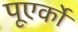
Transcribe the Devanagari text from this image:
पूएर्को